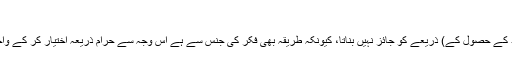
دفعہ نمبر141 :…
in خارجہ پالیسی (181-191) دفعہ نمبر 183: مقصد کا نیک ہونا(اس مقصد کے حصول کے) ذریعے کو جائز نہیں بناتا، کیونکہ طریقہ بھی فکر کی جنس سے ہے اس وجہ سے حرام ذریعہ اختیار کر کے واجب (فرض) کو ادا نہیں کیا جائے گااورنہ ہی مباح کام کو انجام دیا جاسکتا ہے۔